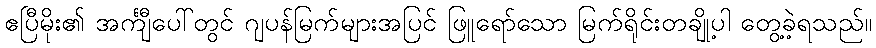
ဧပြီမိုး၏ အင်္ကျီပေါ်တွင် ဂျပန်မြက်များအပြင် ဖြူရော်သော မြက်ရိုင်းတချို့ပါ တွေ့ခဲ့ရသည်။